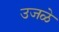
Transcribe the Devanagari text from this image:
उजळे